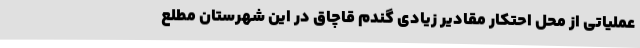
عملیاتی از محل احتکار مقادیر زیادی گندم قاچاق در این شهرستان مطلع